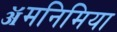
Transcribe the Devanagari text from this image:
ॲमनिमिया